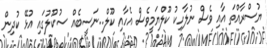
ޔުސްރާއްތަ އާއި ވެސް ނުލާހިކު ކޫލްޔަމީވެސް އެހާއި ކޫލް..ނަސީބެއް ސުކޫލުގައި އުޅޭ ކުދިން